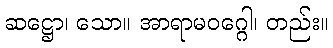
ဆဋ္ဌော၊ သော။ အာရာမဝဂ္ဂေါ၊ တည်း။